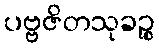
ပဗ္ဗဇိတသုခဉ္စ